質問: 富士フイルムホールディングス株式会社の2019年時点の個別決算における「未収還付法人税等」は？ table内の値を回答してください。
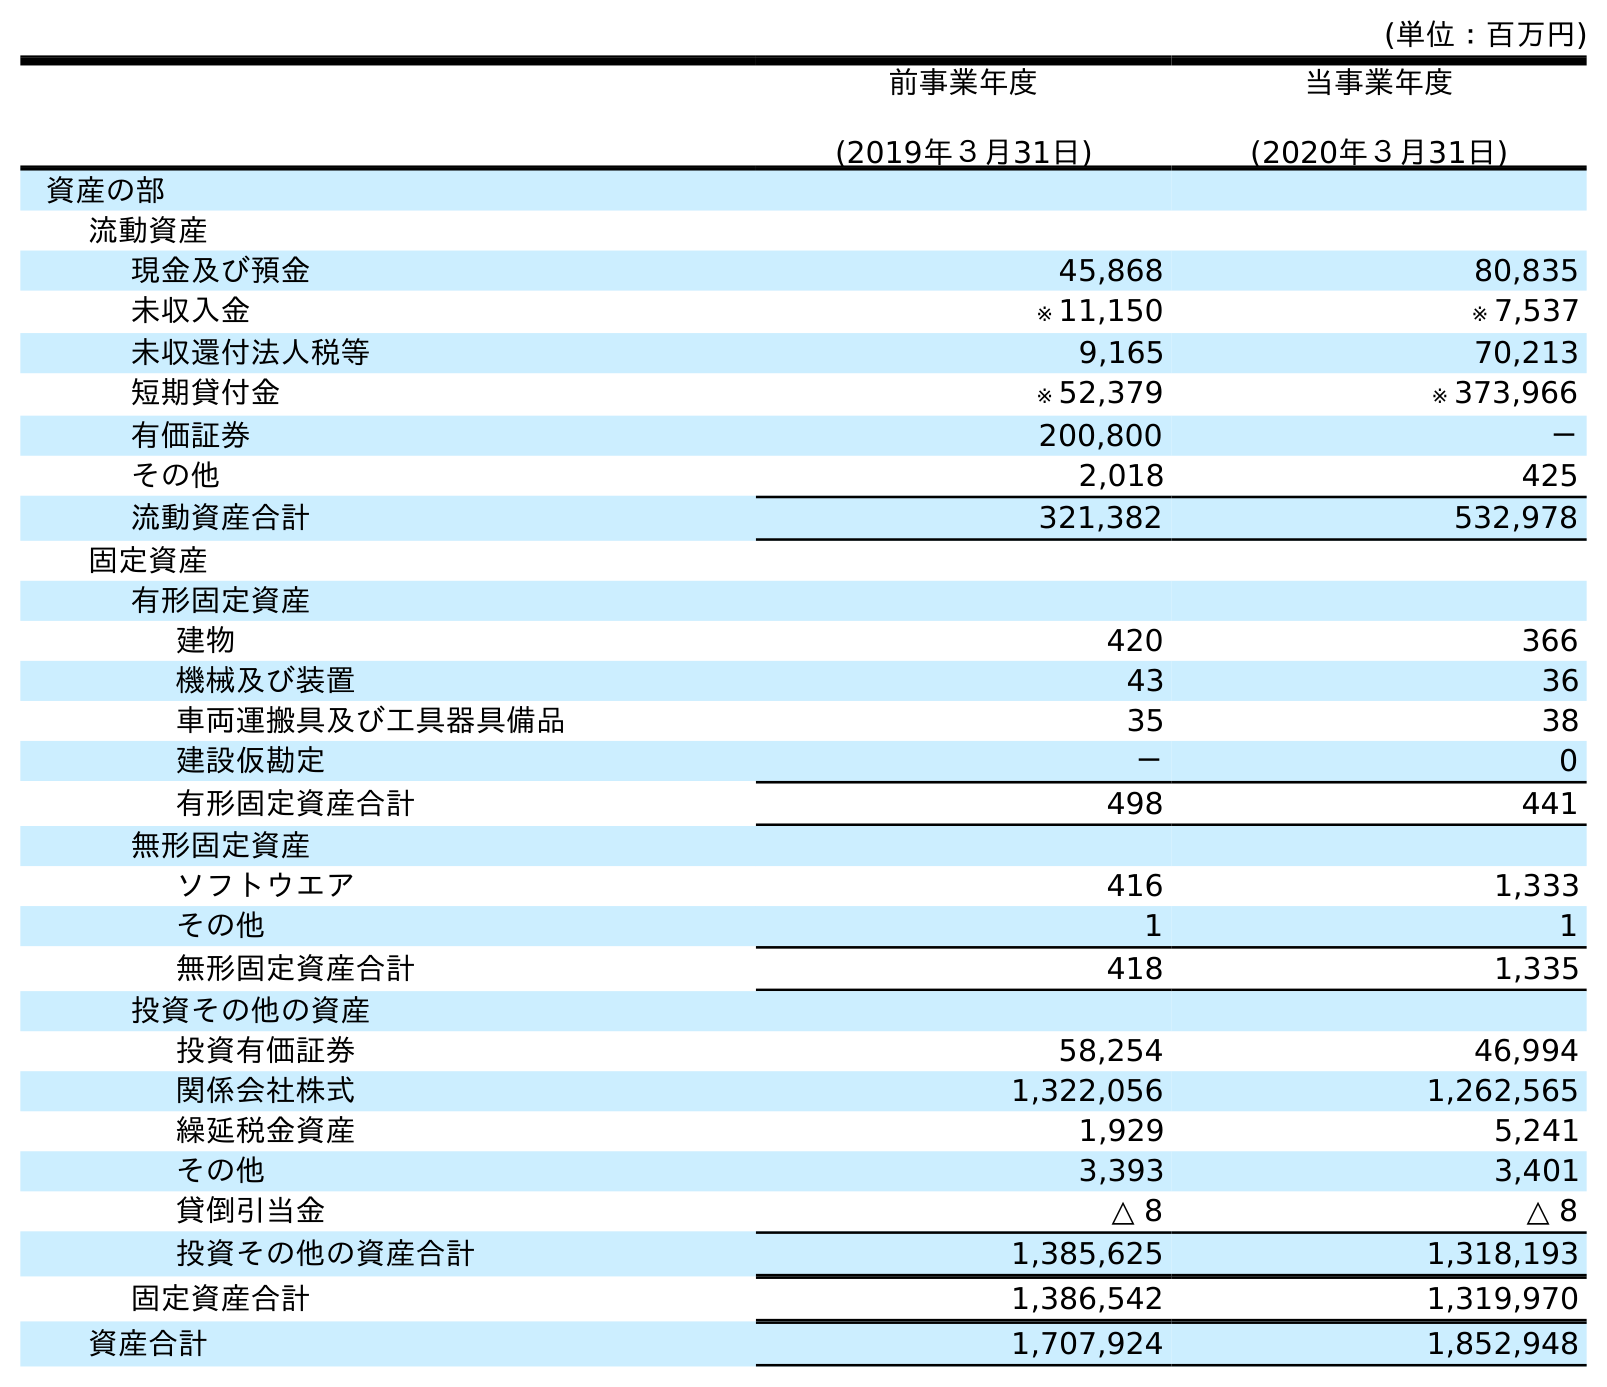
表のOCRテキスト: (単位：百万円) 前事業年度 (2019年３月31日) 当事業年度 (2020年３月31日) 資産の部 流動資産 現金及び預金 45,868 80,835 未収入金 ※ 11,150 ※ 7,537 未収還付法人税等 9,165 70,213 短期貸付金 ※ 52,379 ※ 373,966 有価証券 200,800 － その他 2,018 425 流動資産合計 321,382 532,978 固定資産 有形固定資産 建物 420 366 機械及び装置 43 36 車両運搬具及び工具器具備品 35 38 建設仮勘定 － 0 有形固定資産合計 498 441 無形固定資産 ソフトウエア 416 1,333 その他 1 1 無形固定資産合計 418 1,335 投資その他の資産 投資有価証券 58,254 46,994 関係会社株式 1,322,056 1,262,565 繰延税金資産 1,929 5,241 その他 3,393 3,401 貸倒引当金 △ 8 △ 8 投資その他の資産合計 1,385,625 1,318,193 固定資産合計 1,386,542 1,319,970 資産合計 1,707,924 1,852,948
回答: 9,165